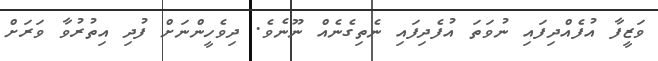
ވަޒީފާ އުފެއްދިފައި ނުވަތަ އުފެދިފައި ނެތިގެނެއް ނޫނެވެ. ދިވެހީންނަށް ފުދި އިތުރުވާ ވަރަށް